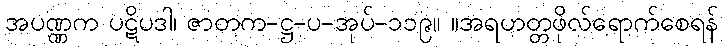
အပဏ္ဏက ပဋိပဒါ၊ ဇာတက-ဋ္ဌ-ပ-အုပ်-၁၁၉။ ။အရဟတ္တဖိုလ်ရောက်စေရန်